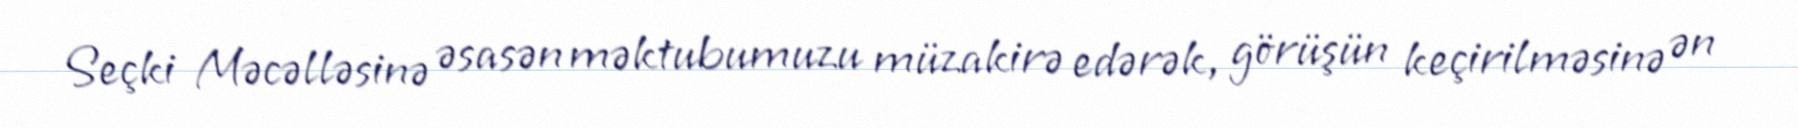
Seçki Məcəlləsinə əsasən məktubumuzu müzakirə edərək, görüşün keçirilməsinə ən